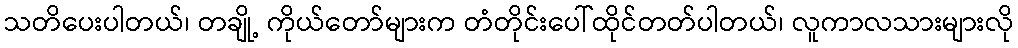
သတိပေးပါတယ်၊ တချို့ ကိုယ်တော်များက တံတိုင်းပေါ်ထိုင်တတ်ပါတယ်၊ လူကာလသားများလို